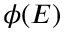
\phi ( E )